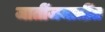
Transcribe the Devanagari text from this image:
जातींजमातींत